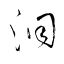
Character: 洞